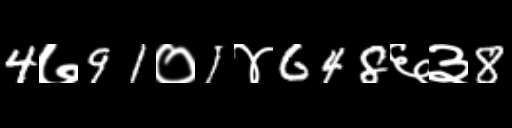
Text: 4७91०1४648६३8